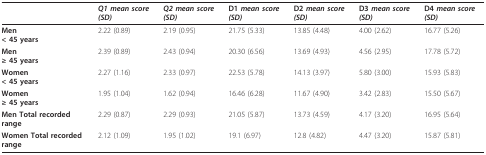
<table><thead><tr><td></td><td><b><i>Q1 mean score (SD)</i></b></td><td><b><i>Q2 mean score (SD)</i></b></td><td><b>D1 <i>mean score (SD)</i></b></td><td><b>D2 <i>mean score (SD)</i></b></td><td><b>D3 <i>mean score (SD)</i></b></td><td><b>D4 <i>mean score (SD)</i></b></td></tr></thead><tbody><tr><td><b>Men</b><b>&lt; 45 years</b></td><td>2.22 (0.89)</td><td>2.19 (0.95)</td><td>21.75 (5.33)</td><td>13.85 (4.48)</td><td>4.00 (2.62)</td><td>16.77 (5.26)</td></tr><tr><td><b>Men</b><b>≥ 45 years</b></td><td>2.39 (0.89)</td><td>2.43 (0.94)</td><td>20.30 (6.56)</td><td>13.69 (4.93)</td><td>4.56 (2.95)</td><td>17.78 (5.72)</td></tr><tr><td><b>Women</b><b>&lt; 45 years</b></td><td>2.27 (1.16)</td><td>2.33 (0.97)</td><td>22.53 (5.78)</td><td>14.13 (3.97)</td><td>5.80 (3.00)</td><td>15.93 (5.83)</td></tr><tr><td><b>Women</b><b>≥ 45 years</b></td><td>1.95 (1.04)</td><td>1.62 (0.94)</td><td>16.46 (6.28)</td><td>11.67 (4.90)</td><td>3.42 (2.83)</td><td>15.50 (5.67)</td></tr><tr><td><b>Men Total recorded range</b></td><td>2.29 (0.87)</td><td>2.29 (0.93)</td><td>21.05 (5.87)</td><td>13.73 (4.59)</td><td>4.17 (3.20)</td><td>16.95 (5.64)</td></tr><tr><td><b>Women Total recorded range</b></td><td>2.12 (1.09)</td><td>1.95 (1.02)</td><td>19.1 (6.97)</td><td>12.8 (4.82)</td><td>4.47 (3.20)</td><td>15.87 (5.81)</td></tr></tbody></table>